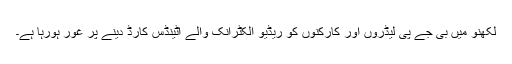
لکھنو میں بی جے پی لیڈروں اور کارکنوں کو ریڈیو الکٹرانک والے اٹینڈس کارڈ دینے پر غور ہورہا ہے۔